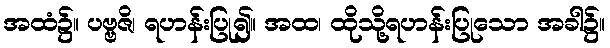
အထံ၌။ ပဗ္ဗဇိ၊ ရဟန်းပြု၍။ အထ၊ ထိုသို့ရဟန်းပြုသော အခါ၌။